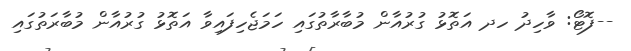
--ފޮޓޯ: ވާހިދު ހދ އަތޮޅު ގުރުއާން މުބާރާތުގައި ހަމަޖެހިފައިވާ އަތޮޅު ގުރުއާން މުބާރަތުގައި